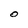
Character: O